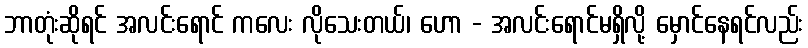
ဘာတုံးဆိုရင် အလင်းရောင် ကလေး လိုသေးတယ်၊ ဟော - အလင်းရောင်မရှိလို့ မှောင်နေရင်လည်း